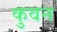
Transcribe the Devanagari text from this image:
कुवन